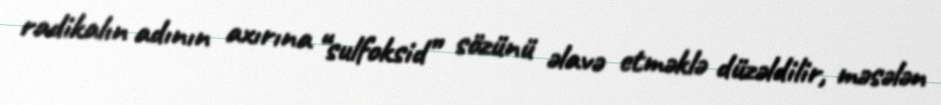
radikalın adının axırına “sulfoksid” sözünü əlavə etməklə düzəldilir, məsələn